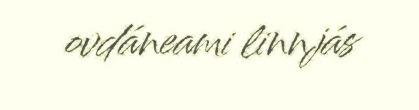
ovdáneami linnjás